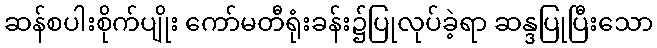
ဆန်စပါးစိုက်ပျိုး ကော်မတီရုံးခန်း၌ပြုလုပ်ခဲ့ရာ ဆန္ဒပြုပြီးသော